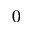
0